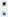
: